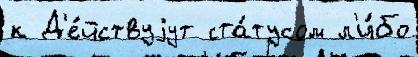
к Д'е́йствуjут ста́тусом л'и́бо